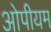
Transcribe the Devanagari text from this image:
ओपीयम